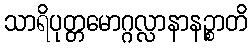
သာရိပုတ္တမောဂ္ဂလ္လာနာနဉ္စာတိ